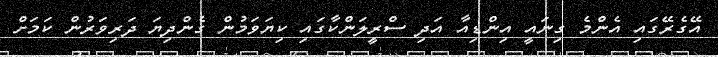
އޭގެރޭގައި އެންމެ ގިނައީ އިންޑިއާ އަދި ސްރީލަންކާގައި ކިޔަވަމުން ގެންދިޔަ ދަރިވަރުން ކަމަށް